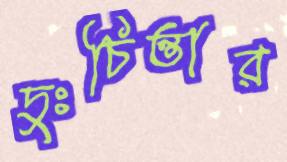
দুঃচিন্তার